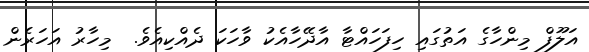
އަލޫފް މިންހާގެ އަތުގައި ހިފަހައްޓާ އާދޭހާއެކު ވާހަކަ ދެއްކިއެވެ.  މިހާރު އަހަރެން